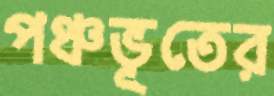
পঞ্চভূতের